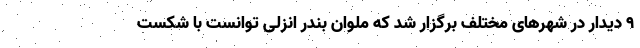
۹ دیدار در شهرهای مختلف برگزار شد که ملوان بندر انزلی توانست با شکست